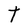
Character: T